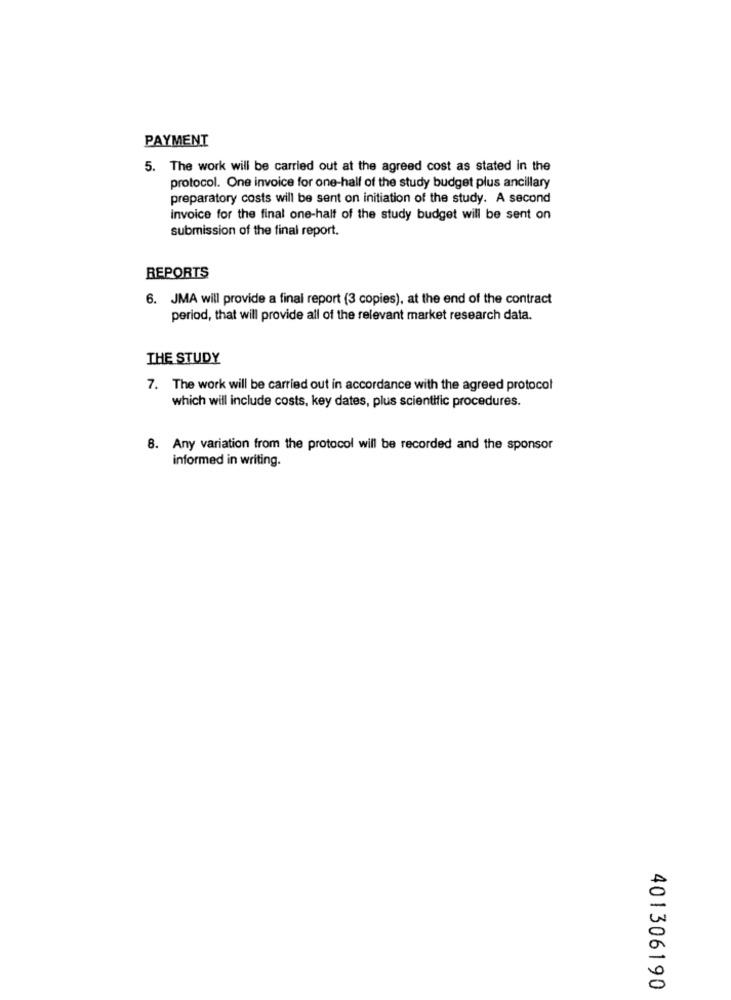
PAYMENT
5. The work will be carried out at the agreed cost as stated in the
protocol. One invoice for one-half of the study budget plus ancillary
preparatory costs will be sent on initiation of the study. A second
invoice for the final one-half of the study budget will be sent on
submission of the final report.
REPORTS
6. JMA will provide a final report (3 copies), at the end of the contract
period, that will provide all of the relevant market research data.
THE STUDY
7. The work will be carried out in accordance with the agreed protocol
which will include costs, key dates, plus scientific procedures.
8. Any variation from the protocol will be recorded and the sponsor
informed in writing.
401306190